Annual report on the working of the lock hospitals in the Central Provinces
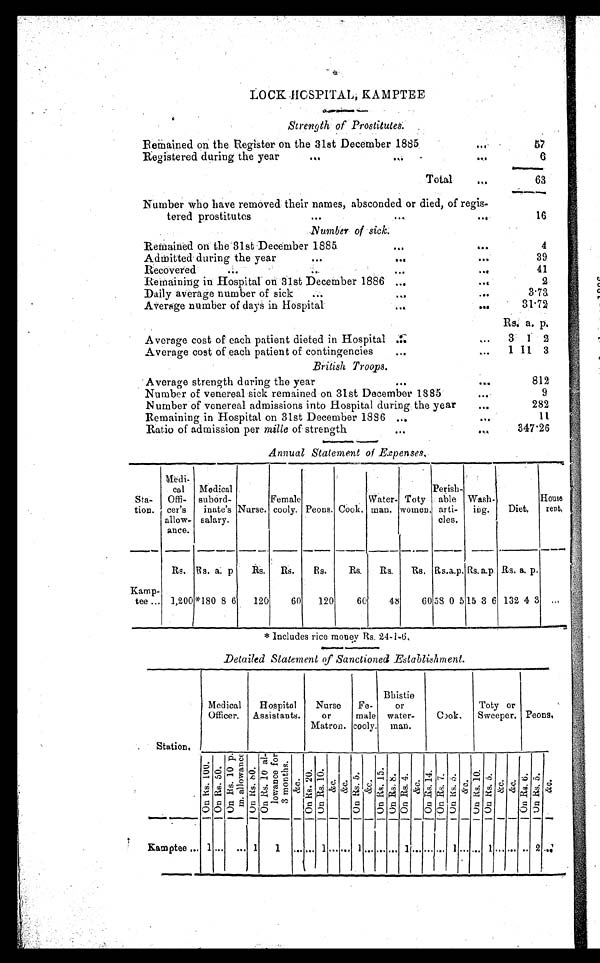
- 4
LOCK HOSPITAL, KAMPTEE
Strength of Prostitutes.
Remained on the Register on the 31st December 1885.
5 7
Registered during the year
...
. . . ..
•.•
6
....--
Total
....
63
Number who have removed their names, absconded or died, of regis-
tered prostitutes
...
...
...
16
Number of sick.
Remained on the 31st December 1885
...
. . .
4
Admitted during the year
...
...
. . .
39
Recovered
...
...
...
...
41
Remaining in Hospital on 31st December 1886 ...
. . .
2
Daily average number of sick
...
...
. . . .
3.73,
Average number of days in Hospital
...
...
3172
Rs a. p.
Average cost of each patient dieted in Hospital ...
,..
3 1 2
Average cost of each patient of contingencies
...
. •
1 11 3
British Troops.
Average strength during the year
...
. . .
812
Number of venereal sick remained on 31st December 1885
...
9
Number of venereal admissions into Hospital during the year
...
282
Remaining in Hospital on 31st December 1886 ...
...
11
Ratio of admission per mille of strength
...
. . .
347 26
Annual Statement of Expenses,
Sta-
tion.
Medi-
cal
Offi-
cer's
allow-
ante.
Medical
subord-
inate's
salary.
Nurse.
Female
cooly. Peons. CooL
Water-
man.
Toty
women.
Perish-
able
arti-
cles.
Wash-
ing.
Diet.
House
rest,
Rs. Rs. a. p
Rs.
s.
R s .
Its.
Rs.
Rs as.a.p. Rs. a.p. Rs. a. p.
Kamp-
tee ... 1,200 *I80 8 6
120
60
120
60
48
60 58 0 515 3 6 132 4 3 ...
*Includes rice money Rs. 244-6,
Detailed Statement of Sanctioned Establishment.
Station,
Medical
Officer.
Hospital
Assistants.
Nurse
or
Matron.
Fe-
male
cooly.
Bbistie
or
water-
man.
Cook.
Toty or
Sweeper. Peons,
o n R s . 1 0 0
o n R s . 5 0 o n R s . 1 0 p m a l l o w a n c e
o n
R s . 8 0
o n R s 1 0 a l - l o w a n c e . f o r 3 m o n t h s
& c
O n R s . 2 0
o n R s . 1 0
& c
& c O n R s . 5
& c
O n R s 1 5 O n R s . 8
O n R s . 4 & c
O n R s 1 4 O n R s . 7
O n R s . 5
& c
O n R s . 1 0
O n R s . 5
& c & c
O n R s . 6
O n R s . 5
& c
Kamptee .... 1 ... . . . . . . 1
1 ... ... 1 . . . . . . 1 . . . . . . . . . 1 . . . . . . . . . 1 . . . . . . 1 . . . . . . . . . 2 . . .